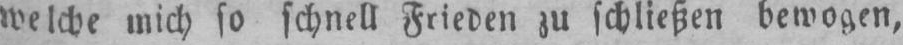
welche mich so schnell Frieden zu schließen bewogen,